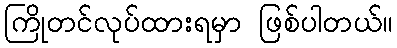
ကြိုတင်လုပ်ထားရမှာ ဖြစ်ပါတယ်။